Vaccination North-Western Provinces 1866-1877 - 1866-1877
Year: 1866
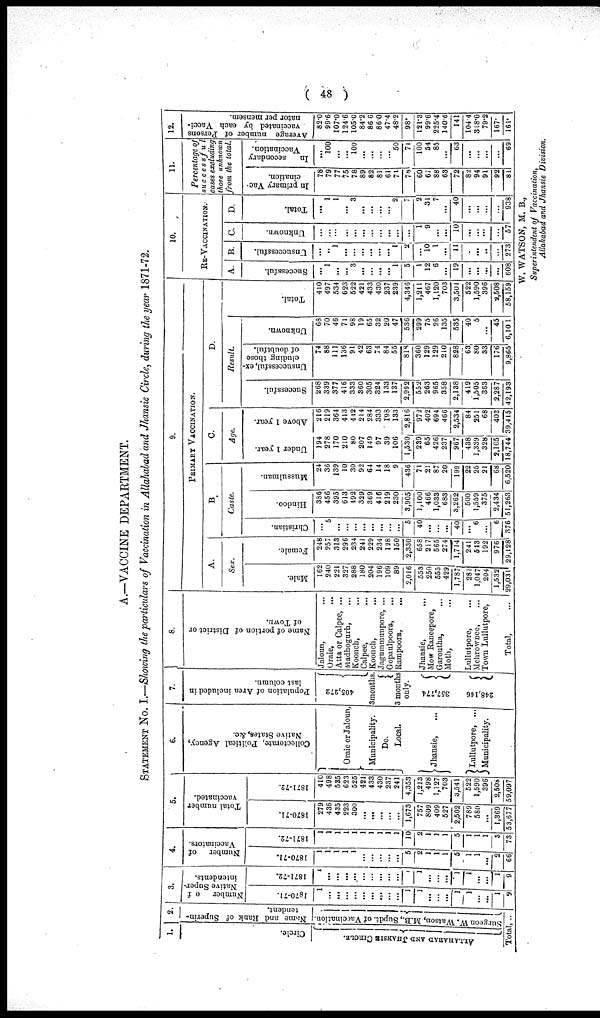
( 48 )
A.—VACCINE DEPARTMENT.
STATEMENT No. I.—Showing the particulars of Vaccination in Allahabad and Jhansie Circle, during the year 1871-72.
1.
Circle.
ALLAHABAD AND JHANSIE CIRCLE.
2.
Name and Rank of Superin-
tendent.
Surgeon W. Watson, M.B., Supdt. of Vaccination
Total, ...
3.
Number
of
Native Super-
intendents.
1870-71.
1
...
...
...
...
...
...
...
...
...
1
1
...
...
...
1
1
...
... 1
9
1871-72.
1
...
...
...
...
...
...
...
...
...
1
1
...
...
...
1
1
...
...
1
9
4.
Number
of
Vaccinators.
1870-71.
1
1
1
1
1
...
...
...
...
...
5
2
1
1
1
5
1
1
...
2
66
1871-72.
1
1
1
1
1
1
1
1
1
1
10
2
1
1
1
5
1
1
1
3
73
5.
Total number
vaccinated.
1870-71.
279
436
435
223
300
...
...
...
...
1,673
757
809
409
527
2,502
789
580
...
1,369
53,677
1871-72.
410
498
535
623
525
421
433
430
237
241
4,353
1,213
498
1,127
703
3,541
522
1,590
396
2,508
59,097
6.
Collectorate, Political Agency,
Native States, &c.
Oraie or Jaloun,
Municipality.
Do.
Local.
Jhansíe, ...
Lullutpore, ...
Municipality.
7.
Population of Area included in
last column.
405,272
3 months.
3 months
only.
357,774
248,146
8.
Name of portion of District or
of Town.
Jaloun, ...
Oraie, ...
Atta or Calpee, ...
Madhogurh, ...
Koonch, ...
Calpee,
...
Koonch, ...
Jagummunpore, ...
Gopaulpoora, ...
Rampoora,
...
Jhansie,
...
Mow Raneepore,
Garoutha,
...
Moth, ...
Lullutpore, ...
Mehrownee, ...
Town Lullutpore,
Total,
...
9.
PRIMARY VACCINATION.
A.
Sex.
Male.
162
240
221
327
288
180
204
196
109
89
2,016
553
250
555
429
1,787
281
1,047
204
1,532
29,031
Female.
248
257
313
296
234
241
229
234
128
150
2,330
658
217
565
274
1,714
241
513
192
976
29,128
B.
Caste.
Christian.
...
5
...
...
...
...
...
...
...
...
5
40
...
...
...
40
...
6
...
6
376
Hindoo.
386
456
395
613
492
329
369
416
219
230
3,905
1,100
466
1,033
683
3,262
500
1,559
375
2,434
51,263
Mussulman.
24
36
139
10
30
92
64
14
18
9
436
71
21
87
20
199
22
25
21
68
6,520
C.
Age.
Under 1 year.
194
278
170
210
80
207
149
97
39
106
1,530
239
65
426
237
967
438
1,339
328
2,105
18,744
Above 1 year.
216
219
364
413
442
214
284
333
198
133
2,816
972
402
694
466
2,534
84
251
68
403
39,415
D.
Result.
Successful.
268
339
377
416
333
360
305
324
133
137
2,992
552
263
965
358
2,138
419
1,505
363
2,287
42,193
Unsuccessful, ex-
cluding those
of doubtful.
74
88
111
136
91
42
63
74
84
55
818
360
129
129
210
828
63
80
33
176
9,865
Unknown.
68
70
46
71
98
19
65
32
20
47
536
299
75
26
135
535
40
5
...
45
6,101
Total.
410
497
534
623
522
421
433
430
237
239
4,346
1,211
467
1,120
703
3,501
522
1,590
396
2,508
58,159
10.
RE- VACCINATION.
A.
Successful.
...
1
...
...
3
...
...
...
...
1
5
1
12
6
...
19
...
...
...
...
608
B.
Unsuccessful.
...
..
1
...
...
...
...
...
...
1
2
...
10
1
...
11
..
...
...
...
273
C.
Unknown.
...
...
...
...
...
...
...
...
...
...
...
1
9
...
...
10
...
...
...
...
57
D.
Total.
...
1
1
...
3
...
...
...
...
2
7
2
31
7
...
40
...
...
...
...
938
11.
Percentage of
suecessful
cases excluding
those unknown
from the total.
In primary Vac-
cination.
78
79
77
75
78
89
82
81
61
71
78
60
67
88
63
72
82
94
91
92
81
In
secondary
Vaccination.
...
100
...
...
100
...
...
...
...
50
71
100
54
85
...
63
...
...
...
...
69
12.
Average number of Persons
vaccinated by each Vacci-
nator per mensem.
82.0
99.6
107.0
12.46
105.0
84.2
86.6
86.0
47.4
48.2
98
121.3
99.6
225.4
140.6
141
104.4
318.0
79.2
167
161
W. WATSON, M. B.,
Superintendent of Vaccination,
Allahabad and Jhansie Division.